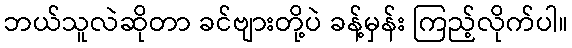
ဘယ်သူလဲဆိုတာ ခင်ဗျားတို့ပဲ ခန့်မှန်း ကြည့်လိုက်ပါ။